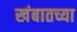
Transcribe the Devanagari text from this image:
खंबातच्या